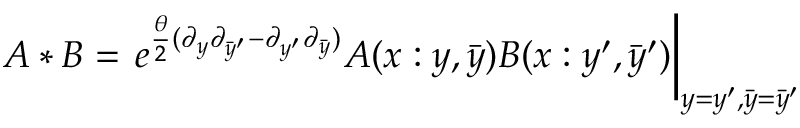
A * B = \left. e ^ { \frac { \theta } { 2 } ( \partial _ { y } \partial _ { \bar { y } ^ { \prime } } - \partial _ { y ^ { \prime } } \partial _ { \bar { y } } ) } A ( x : y , \bar { y } ) B ( x : y ^ { \prime } , \bar { y } ^ { \prime } ) \right| _ { y = y ^ { \prime } , \bar { y } = \bar { y } ^ { \prime } }